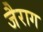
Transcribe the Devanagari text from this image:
जैराग